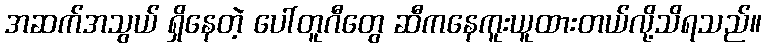
အဆက်အသွယ် ရှိနေတဲ့ ပေါ်တူဂီတွေ ဆီကနေကူးယူထားတယ်လို့သိရသည်။